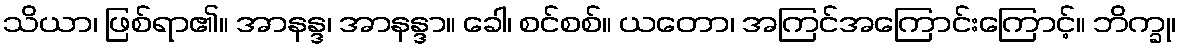
သိယာ၊ ဖြစ်ရာ၏။ အာနန္ဒ၊ အာနန္ဒာ။ ခေါ၊ စင်စစ်။ ယတော၊ အကြင်အကြောင်းကြောင့်။ ဘိက္ခု၊